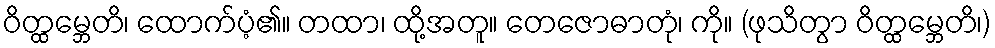
ဝိတ္ထမ္ဘေတိ၊ ထောက်ပံ့၏။ တထာ၊ ထို့အတူ။ တေဇောဓာတုံ၊ ကို။ (ဖုသိတွာ ဝိတ္ထမ္ဘေတိ၊)